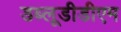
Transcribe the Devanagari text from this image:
डब्लूडीडीएम